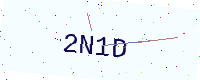
Text: 2N1D